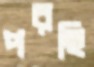
পরছি